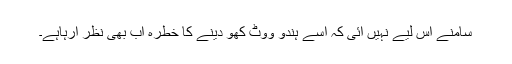
سامنے اس لیے نہیں آئی کہ اسے ہندو ووٹ کھو دینے کا خطرہ اب بھی نظر آرہاہے۔